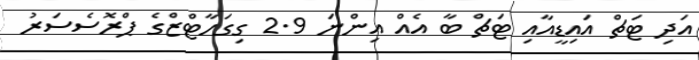
އަދި ޓަޗް އައިޑީއާއި ޓަޗް ބާ އެއް އިންނަ 2.9 ގިގަހާޓްޒްގެ ޕްރޮސެސަރު